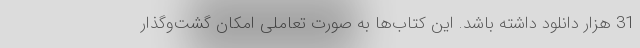
31 هزار دانلود داشته باشد. این کتاب‌ها به صورت تعاملی امکان گشت‌وگذار